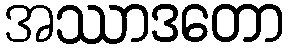
အဿာဒတော